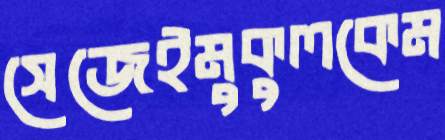
সেজেইমুকুলকেম